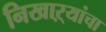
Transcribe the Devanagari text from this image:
निखाऱ्यांचा